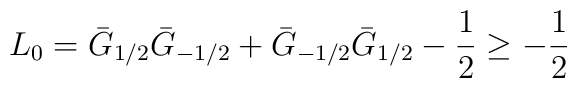
L_0 = \bar G_{1/2} \bar G_{-1/2} + \bar G_{-1/2} \bar G_{1/2} - \frac {1} {2} \geq - \frac {1} {2}